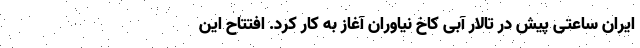
ایران ساعتی پیش در تالار آبی کاخ نیاوران آغاز به کار کرد. افتتاح این